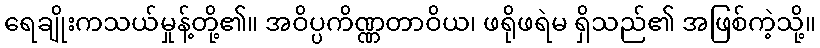
ရေချိုးကသယ်မှုန့်တို့၏။ အဝိပ္ပကိဏ္ဏတာဝိယ၊ ဖရိုဖရဲမ ရှိသည်၏ အဖြစ်ကဲ့သို့။